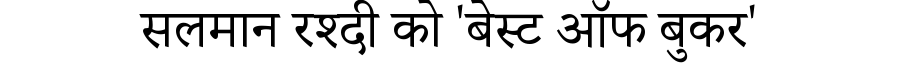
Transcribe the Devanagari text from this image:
सलमान रश्दी को 'बेस्ट ऑफ बुकर'